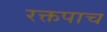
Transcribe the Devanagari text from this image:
रक्तपाच